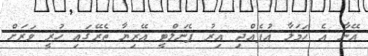
އޭނާ އެ ހަމަލާ އުފެއްދި އިރު ޕެނަލްޓީ އޭރިޔާ ތެރޭގައި ހުރީ ވަރަށް